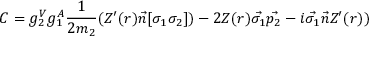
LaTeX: C = g _ { 2 } ^ { V } g _ { 1 } ^ { A } \frac { 1 } { 2 m _ { 2 } } ( Z ^ { \prime } ( r ) \vec { n } [ \sigma _ { 1 } \sigma _ { 2 } ] ) - 2 Z ( r ) \vec { \sigma _ { 1 } } \vec { p _ { 2 } } - i \vec { \sigma _ { 1 } } \vec { n } Z ^ { \prime } ( r ) )